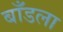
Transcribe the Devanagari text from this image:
बाँडला